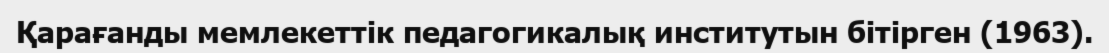
Қарағанды мемлекеттік педагогикалық институтын бітірген (1963).